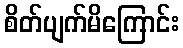
စိတ်ပျက်မိကြောင်း